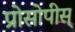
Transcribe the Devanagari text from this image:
प्रोसोपीस्